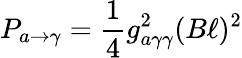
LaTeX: P_{a\rightarrow\gamma}={\frac{1}{4}}g_{a\gamma\gamma}^{2}(B\ell)^{2}